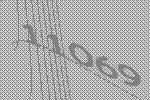
11069